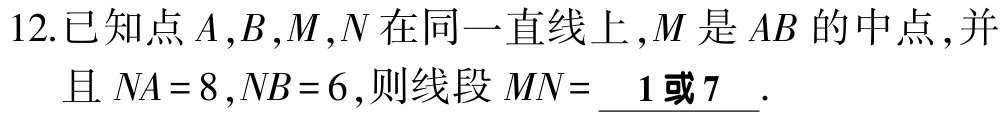
12.已知点\(A,B,M,N\)在同一直线上,\(M\)是\(AB\)的中点,并且 \(NA = 8\),\(NB = 6\),则线段 \(MN=\underline{ 1或7 }\).